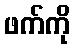
ဖက်ကို